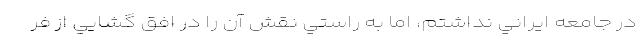
در جامعه ايراني نداشتم، اما به راستي نقش آن را در افق گشايي از فر